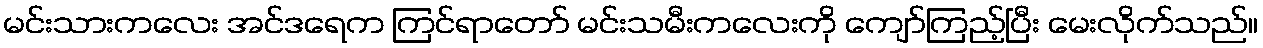
မင်းသားကလေး အင်ဒရေက ကြင်ရာတော် မင်းသမီးကလေးကို ကျော်ကြည့်ပြီး မေးလိုက်သည်။